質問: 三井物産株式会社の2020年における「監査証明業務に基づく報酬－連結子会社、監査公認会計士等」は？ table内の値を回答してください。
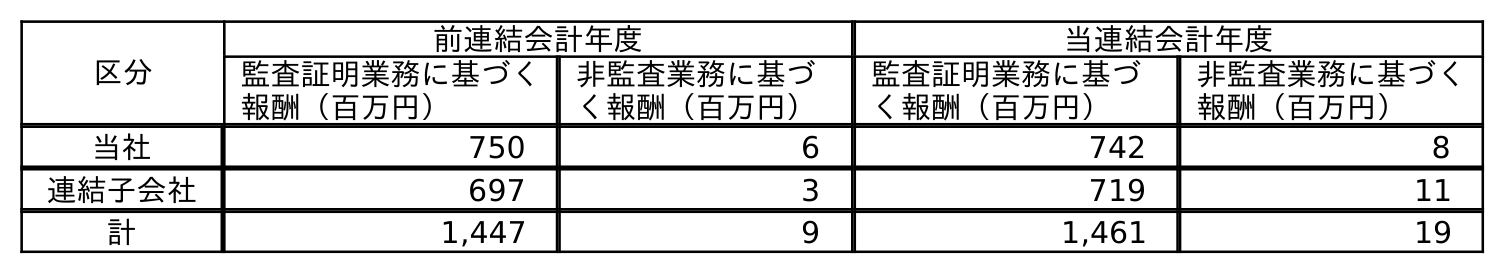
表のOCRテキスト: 区分 前連結会計年度 当連結会計年度 監査証明業務に基づく 報酬（百万円） 非監査業務に基づ く報酬（百万円） 監査証明業務に基づ く報酬（百万円） 非監査業務に基づく 報酬（百万円） 当社 750 6 742 8 連結子会社 697 3 719 11 計 1,447 9 1,461 19
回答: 719